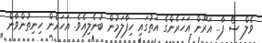
ވެލް ސޯ ފާ.. އަރޫން އަހަރެންގެ އަތުގައި ހިފާލަމުން ބުނެލިއެވެ. އަހަރެން ހިނިތުންވާން